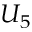
U _ { 5 }